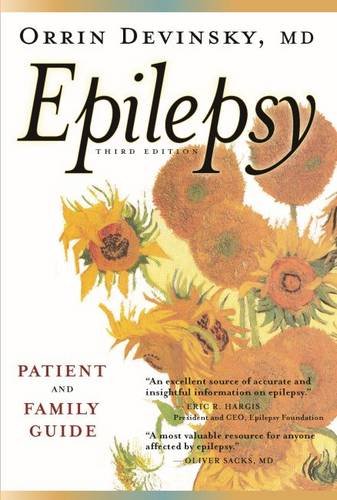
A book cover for Epilepsy; Orrin Devinsky MD; Health, Fitness & Dieting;